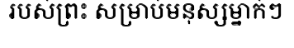
របស់ព្រះ សម្រាប់មនុស្សម្នាក់ៗ